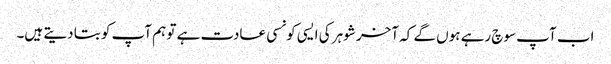
اب آپ سوچ رہے ہوں گے کہ آخر شوہر کی ایسی کونسی عادت ہے تو ہم آپ کو بتا دیتے ہیں۔